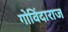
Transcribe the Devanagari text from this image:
गोविंदाराज